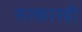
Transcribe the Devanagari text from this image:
सत्कारही